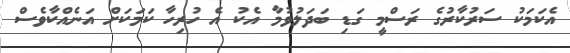
އެކަމަކު ސަރުކާރުގެ ރަސްމީ ގަޑި ބަދަލުވުމާ އެކު އެ ހުރިހާ ކަމަކަށް އަނެއްކާވެސް